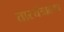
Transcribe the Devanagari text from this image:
तारयंत्रालाच